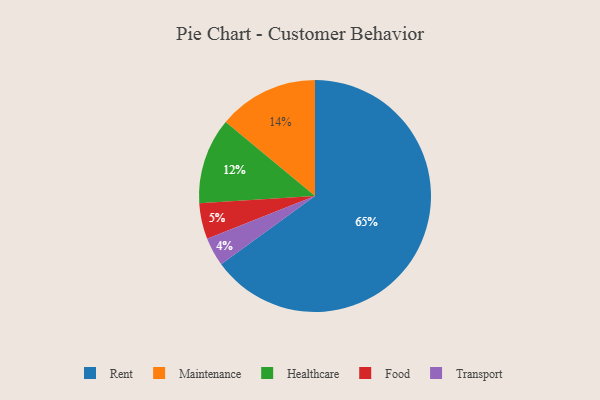
{"axis": {"x": "Category", "y": "Percentage"}, "legend": ["Food", "Healthcare", "Maintenance", "Rent", "Transport"], "data": [{"x": "Food", "y": 5, "type": "Food"}, {"x": "Rent", "y": 65, "type": "Rent"}, {"x": "Transport", "y": 4, "type": "Transport"}, {"x": "Maintenance", "y": 14, "type": "Maintenance"}, {"x": "Healthcare", "y": 12, "type": "Healthcare"}]}